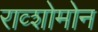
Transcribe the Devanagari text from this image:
राव्शोमोन